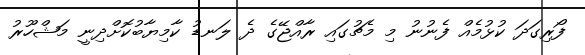
ފޯރިގަދަ ކުޅުމެއް ފެނުނު މި މެޗުގައި ރާއްޖޭގެ ދެ ލަނޑު ކާމިޔާބުކޮށްދިނީ މަޝްހޫރު